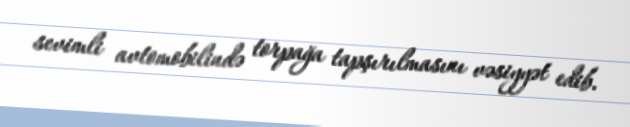
sevimli avtomobilində torpağa tapşırılmasını vəsiyyət edib.